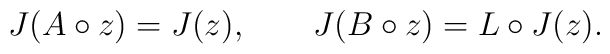
J(A\circ z) = J(z), \qquad J(B\circ z) = L\circ J(z).